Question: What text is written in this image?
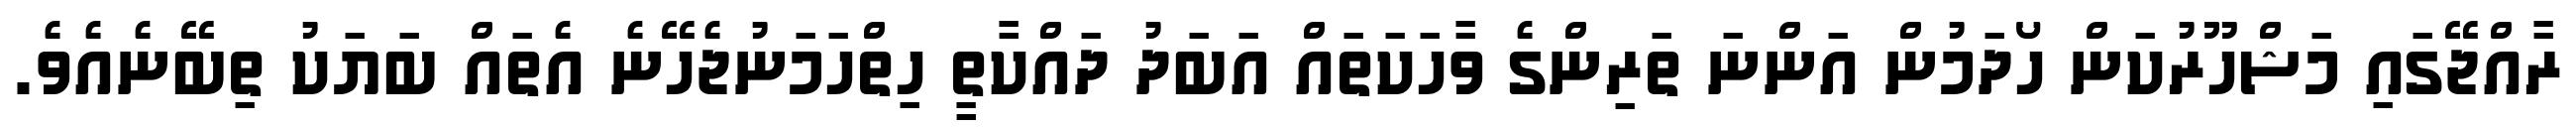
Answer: ރާއްޖޭގައި މަޝްހޫރުކަން ހޯދަމުން އަންނަ ތަރިންގެ ވާހަކަތައް އަބަދު ދައްކާތީ ހިތްހަމަނުޖެހޭނެ އެތައް ބަޔަކު ތިބޭނެއެވެ.